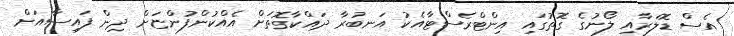
އެސް ޑޮލަރާއި ލޯނުގެ ގޮތުގައި އިންޓްރެސްޓާއެކު އަނބުރާ ދައްކާގޮތަށް އެއްކުންފުންޏަށް ދިން ފައިސާއަށް